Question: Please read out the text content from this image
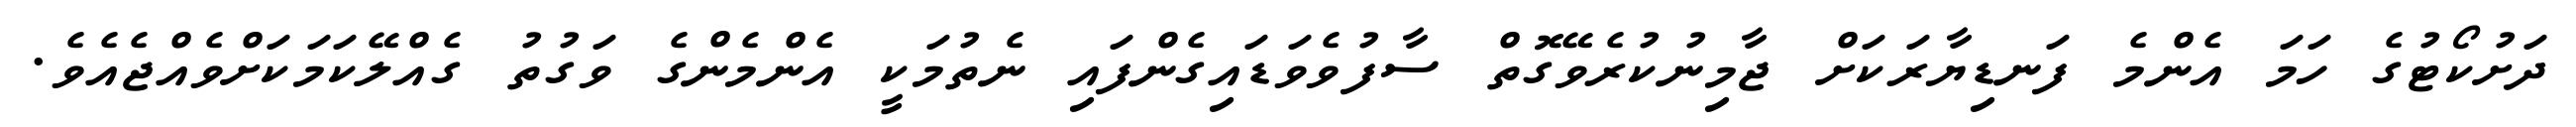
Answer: ދަށުކޯޓުގެ ހަމަ އެންމެ ފަނޑިޔާރަކަށް ޖާމިނުކުރެވޭގޮތް ސާފުވެވަޑައިގެންފައި ނެތުމަކީ އެންމެންގެ ވަގުތު ގެއްލޭކަމަކަށްވެއްޖެއެވެ.